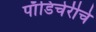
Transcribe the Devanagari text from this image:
पाँडिचेरीचे